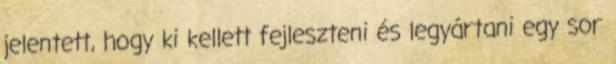
jelentett, hogy ki kellett fejleszteni és legyártani egy sor